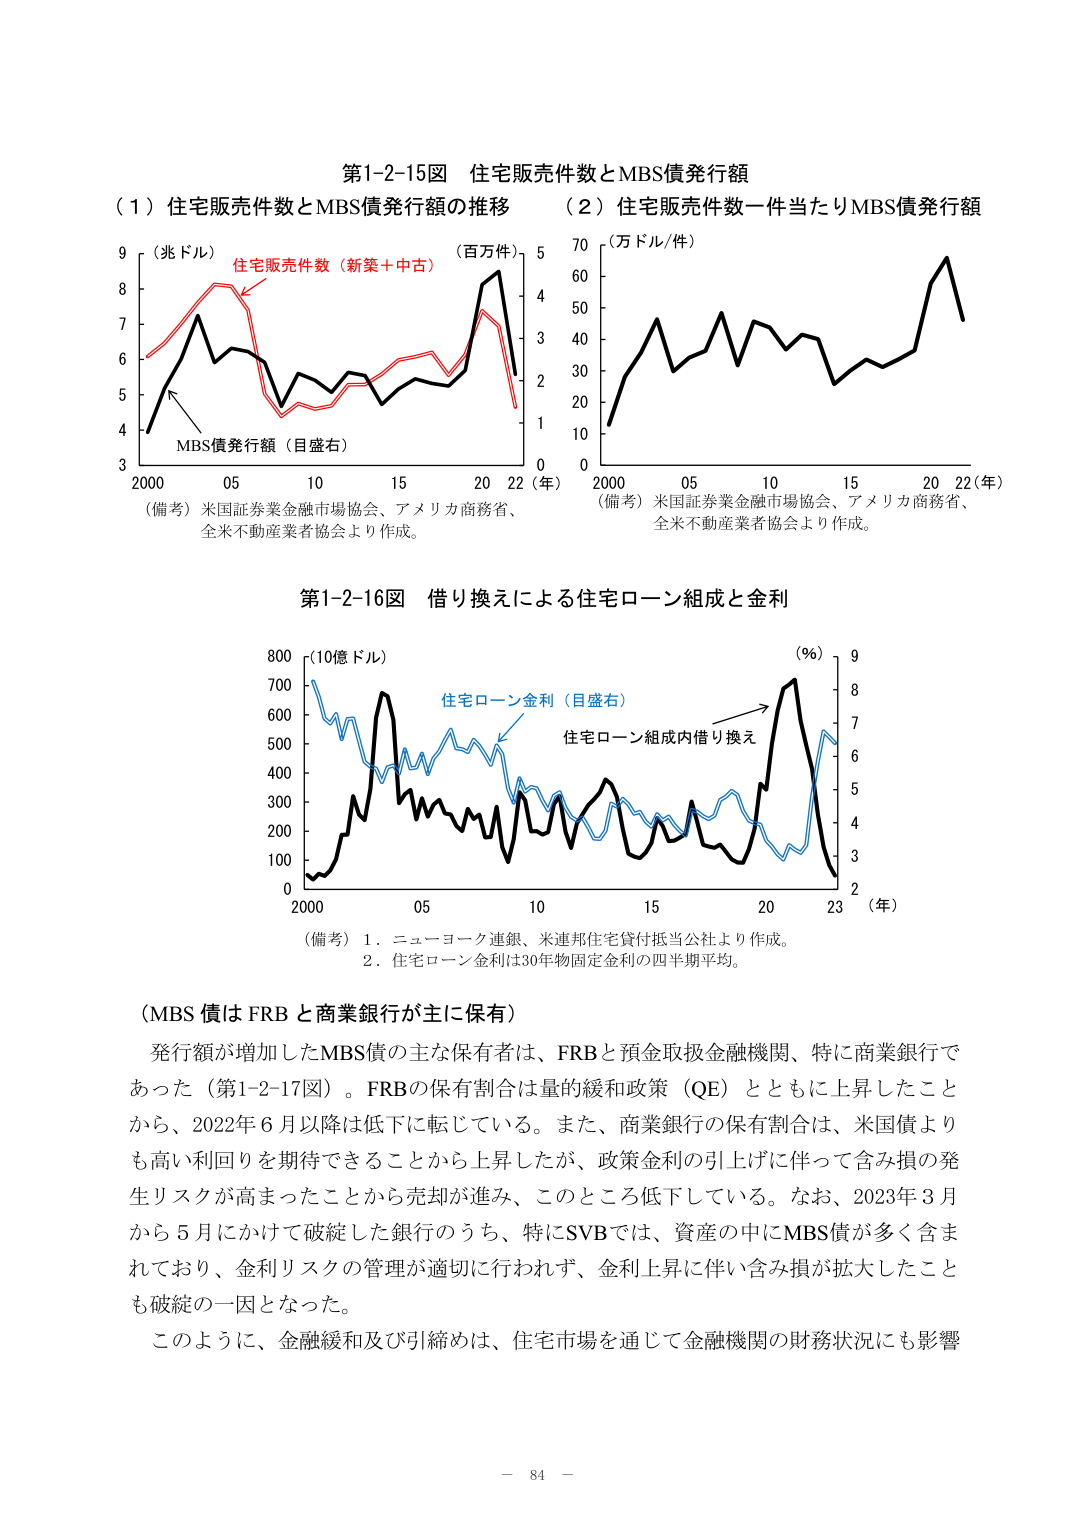
第1-2-15図 住宅販売件数とMBS債発行額

（1）住宅販売件数とMBS債発行額の推移
（兆ドル）住宅販売件数（新築＋中古）
（百万件）
MBS債発行額（目盛右）
2000 05 10 15 20 22（年）
（備考）米国証券業金融市場協会、アメリカ商務省、
全米不動産業者協会より作成。

（2）住宅販売件数一件当たりMBS債発行額
（万ドル/件）
2000 05 10 15 20 22（年）
（備考）米国証券業金融市場協会、アメリカ商務省、
全米不動産業者協会より作成。

第1-2-16図 借り換えによる住宅ローン組成と金利
（10億ドル）
住宅ローン金利（目盛右）
住宅ローン組成内借り換え
（％）
2000 05 10 15 20 23（年）
（備考）1．ニューヨーク連銀、米連邦住宅貸付抵当公社より作成。
2．住宅ローン金利は30年物固定金利の四半期平均。

（MBS債はFRBと商業銀行が主に保有）
発行額が増加したMBS債の主な保有者は、FRBと預金取扱金融機関、特に商業銀行であった（第1-2-17図）。FRBの保有割合は量的緩和政策（QE）とともに上昇したことから、2022年6月以降は低下に転じている。また、商業銀行の保有割合は、米国債よりも高い利回りを期待できることから上昇したが、政策金利の引上げに伴って含み損の発生リスクが高まったことから売却が進み、このところ低下している。なお、2023年3月から5月にかけて破綻した銀行のうち、特にSVBでは、資産の中にMBS債が多く含まれており、金利リスクの管理が適切に行われず、金利上昇に伴い含み損が拡大したことも破綻の一因となった。
このように、金融緩和及び引締めは、住宅市場を通じて金融機関の財務状況にも影響

－ 84 －